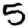
Digit: 5